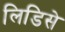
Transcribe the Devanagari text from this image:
लिडिसे